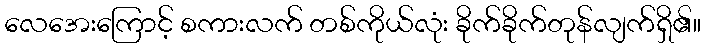
လေအေးကြောင့် စကားလက် တစ်ကိုယ်လုံး ခိုက်ခိုက်တုန်လျက်ရှိ၏။